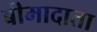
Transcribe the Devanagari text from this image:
बीमादाता